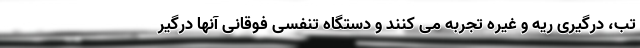
تب، درگیری ریه و غیره تجربه می کنند و دستگاه تنفسی فوقانی آنها درگیر